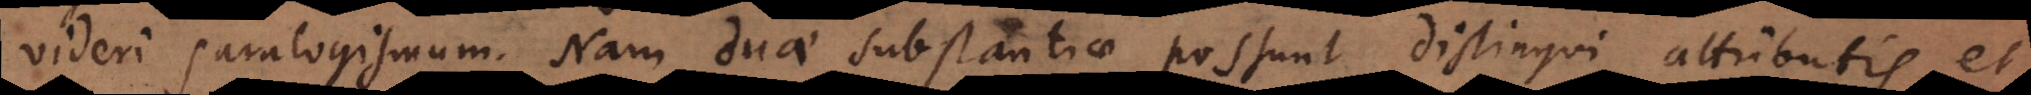
videri paralogismum. Nam duae substantiae possunt distingui attributis, et